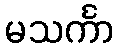
မသင်္ကာ